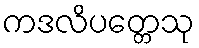
ကဒလိပတ္တေသု